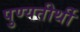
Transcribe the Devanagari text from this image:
पुण्यतीर्थी